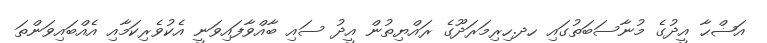
އަޟްޙާ އީދުގެ މުނާސަބަތުގައި ހދ.ހިރިމަރަދޫގެ ރައްޔިތުން އީދު ސައި ބާއްވާފައިވަނީ އެކުވެރިކަމާއި އެއްބައިވަންތަ